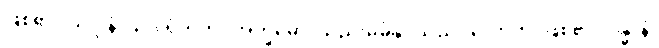
ဖြစ်၏။ သဒ္ဒါနံ၊ သဒ္ဒါရုံတိုကို။ အက္ခမော၊ သည်းမခံနိုင်သည်။ ဟောတိ၊ ဖြစ်၏။ ဂန္ဓာနံ၊